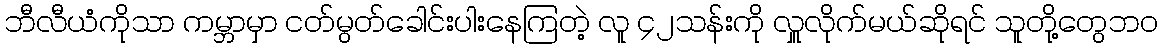
ဘီလီယံကိုသာ ကမ္ဘာမှာ ငတ်မွတ်ခေါင်းပါးနေကြတဲ့ လူ ၄၂သန်းကို လှူလိုက်မယ်ဆိုရင် သူတို့တွေဘဝ